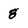
Character: g